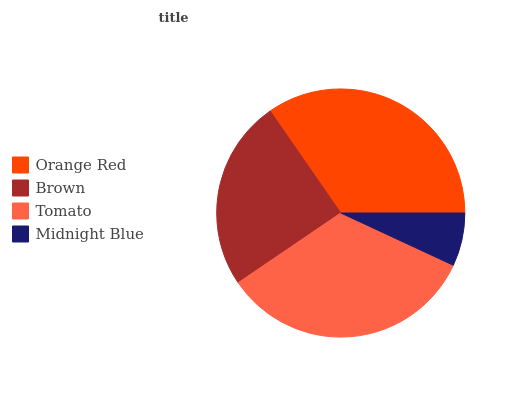
| Orange Red | Brown | Tomato | Midnight Blue |
 | --- | --- | --- | --- |
 | 34.7% | 24.8% | 33.6% | 6.92% |